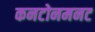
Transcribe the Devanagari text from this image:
कनटोनमनट